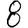
Digit: 8